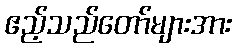
ဧည့်သည်တော်များအား